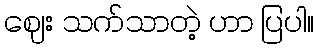
ဈေး သက်သာတဲ့ ဟာ ပြပါ။